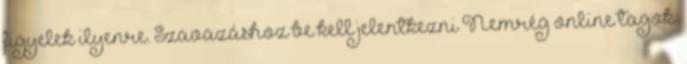
figyelek ilyenre. Szavazáshoz be kell jelentkezni Nemrég online tagok: